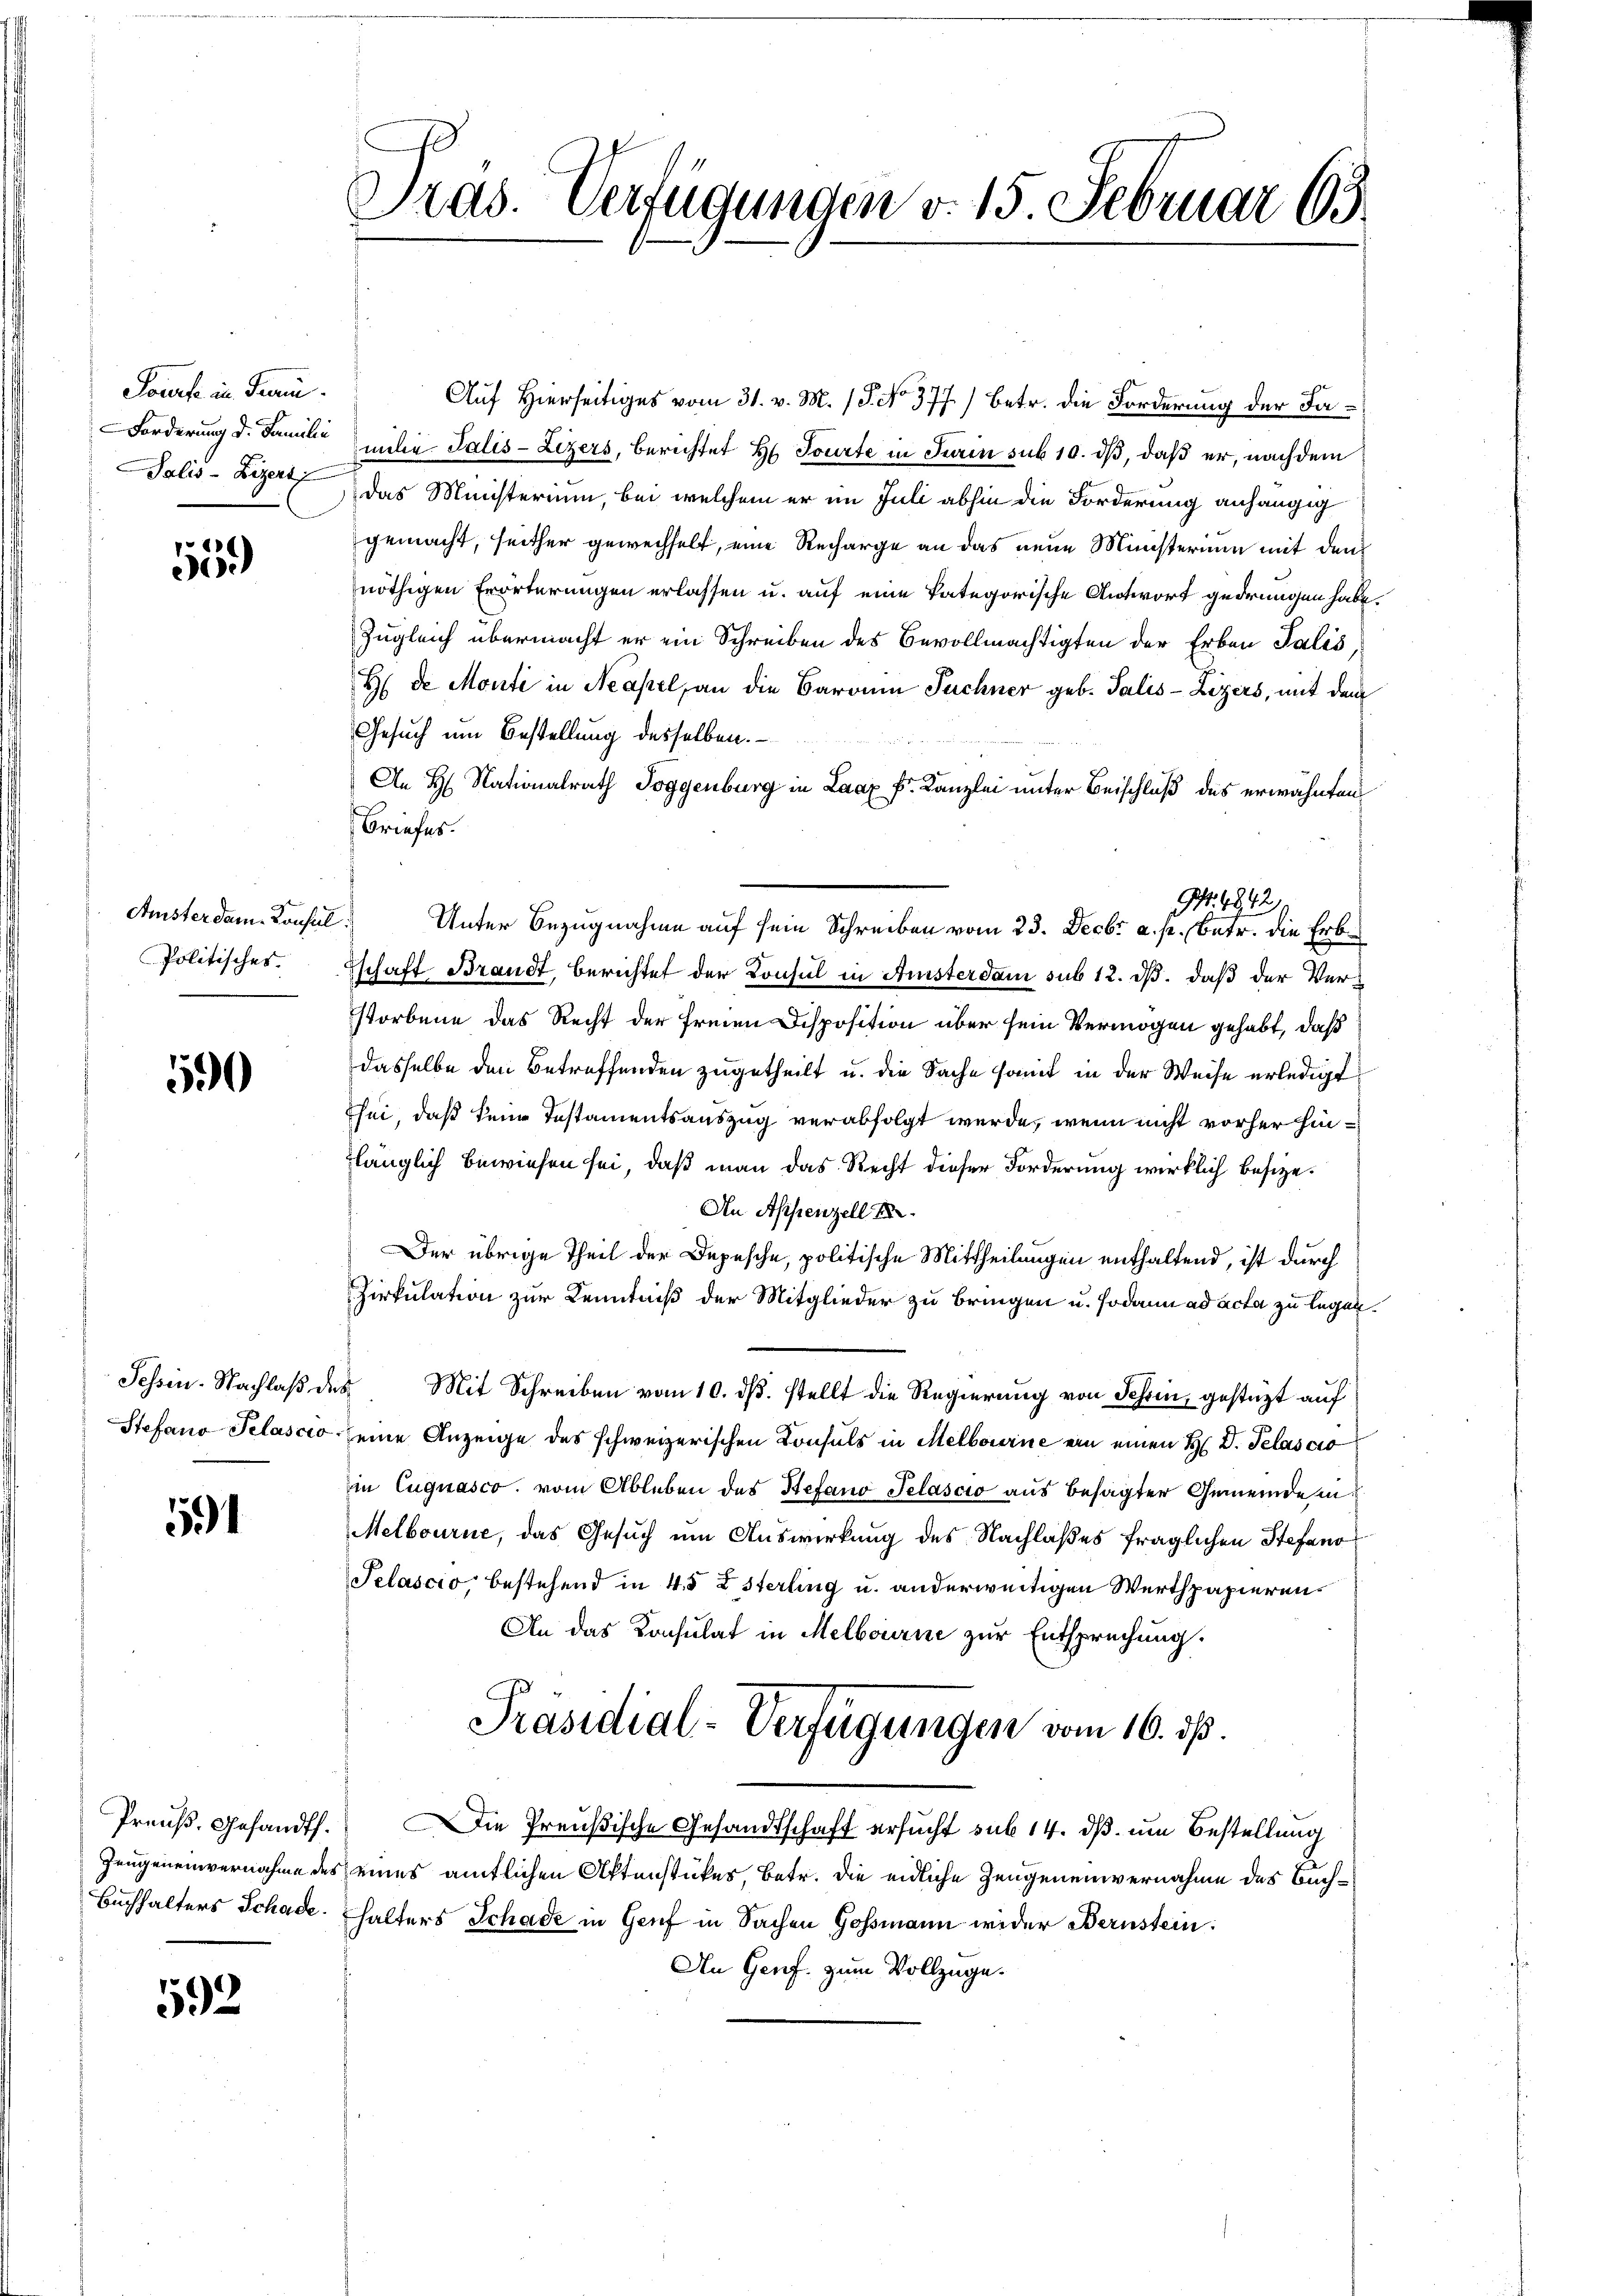
Souch in Frau
Forderung d. Familie
Palis-Lizeri

1
30)

Amisterdam Konsul
Politisches.

590

51

Zeugeneinvernahme des
Buchhalters Schade.

592

Tras. Verfügungen v. 15. Februar 193.

Auf Hierseitiges vom 31. v. M. 18. No. 377.) Betr. die Forderung der Familie Talis-Lezers, berichtet H. Tourte in Turin sub 10. dβ, daß er, nach dem
das Ministerium, bei welchem er im Juli abhin die Forderung anhängig
gemacht, seither gewechselt, eine Recharge an das neue Ministerium mit den
nöthigen Erörterungen erlassen u. auf eine kategorische Antwort gedrungen habe.
Zugleich übermacht er ein Schreiben des Bevollmächtigten der Erben Talić,
H de Monti in Neapel, an die Barona Puchner geb. Talis-Lizers, mit dem
Gesuch um Bestellung desselben.
An H. Nationalrath Joggenburg in Laaz k. Kanzlei unter Beischluß des erwähnten
Briefes.
2. Unter Bezugnahme auf sein Schreiben vom 23. Decbr a. p. betr. die Erbe
schaft Brandt, berichtet der Konsul in Anisterdam sub 12. ds. daß der Verstorbene das Recht der Freien Disposition über sein Vermögen gehabt, daß
dasselbe den Betreffenden zugetheilt u. die Sache somit in der Weise erledigt
Thei, daß seine Instamentsauszug verabfolgt werde, wenn nicht vorher hinzlänglich bewiesen sei, daß man das Recht dieser Forderung wirklich besize¬
An Appenzell I.
Der übrige Theil der Depesche, politische Mittheilungen enthaltend, ist durch
Zirkulation zur Kenntniß der Mitglieder zu bringen u. sodann ad acta zu legen.
Tessin. Nachlaß des Mit Schreiben vom 10. ds. stellt die Regierung von Schin, gestützt auf
Stefano Pelascio seine Anzeige des schweizerischen Konsuls in Melbourne ein einen H. D. Pelascio
in Cuguasco, vom Ableben des Stefano Pelascio aus besagter Gemeindem
Melbourne, das Gesuch um Auswirkung des Nachlaßes fraglichen Stefano¬
Selascio, bestehend in 45 Esterling u. anderweitigen Werthpapieren.
An das Konsulat in Melbourne zur Entsprechung.
Präsidial-Verfügungen vom 16. ds
Preuß. Gesandt. Die Preußische Gesandtschaft ersucht sub 14. ds. um Bestellung
seines amtlichen Aktenstückes, betr. die eidliche Zeugeneinvernahme des Buchhalters Schade in Genf in Sachen Goßmann wider Bernstein.
An Genf. zum Vollzüge.

G. 4842.